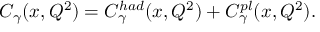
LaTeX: C _ { \gamma } ( x , Q ^ { 2 } ) = C _ { \gamma } ^ { h a d } ( x , Q ^ { 2 } ) + C _ { \gamma } ^ { p l } ( x , Q ^ { 2 } ) .